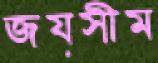
জয়সীম